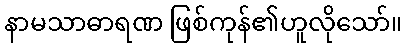
နာမသာဓာရဏ ဖြစ်ကုန်၏ဟူလိုသော်။